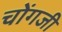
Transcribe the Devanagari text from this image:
चोंगजी